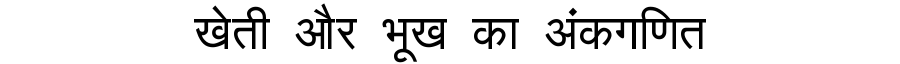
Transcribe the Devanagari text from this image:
खेती और भूख का अंकगणित